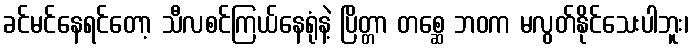
ခင်မင်နေရင်တော့ သီလစင်ကြယ်နေရုံနဲ့ ပြိတ္တာ တစ္ဆေ ဘဝက မလွတ်နိုင်သေးပါဘူး၊